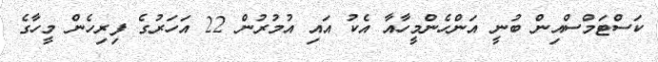
ކަސްޓަމްސްއިން ބުނީ އަންހެންމީހާއާ އެކު އައި އުމުރުން 22 އަހަރުގެ ފިރިހެން މީހާގެ